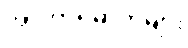
အာဟာရဓာတ်များ